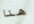
هنا